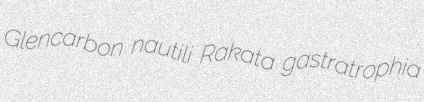
Glencarbon nautili Rakata gastratrophia